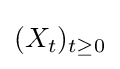
(X_{t})_{t\geq 0}